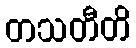
တသတီတိ